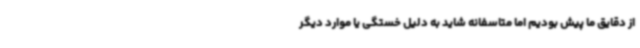
از دقایق ما پیش بودیم اما متاسفانه شاید به دلیل خستگی یا موارد دیگر